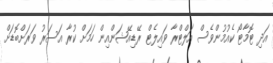
އަދި ޓޮމާޓޯ ކެއުމުންވެސް އަލްޓްރާ ވައިލެޓް ރޭޑިއޭޝަންއިން ހަމަށް ކުރާ އަސަރު ވަރަށްބޮޑަށް